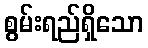
စွမ်းရည်ရှိသော